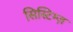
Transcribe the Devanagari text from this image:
सिस्टिम्ज़